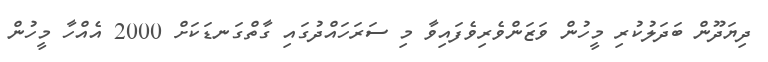
ދިޔަދޫން ބަދަލުކުރި މީހުން ވަޒަންވެރިވެފައިވާ މި ސަރަހައްދުގައި ގާތްގަނޑަކަށް 2000 އެއްހާ މީހުން